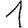
Digit: 1